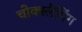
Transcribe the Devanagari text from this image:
चोक्स्लैमिंग